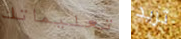
تعليماتك تريد